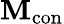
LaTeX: \mathbf{M}_{\mathrm{con}}